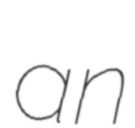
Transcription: an